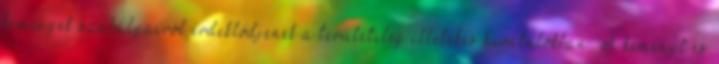
kémények szabályairól érdeklődjenek a területileg illetékes hivatalokban A kéményt és